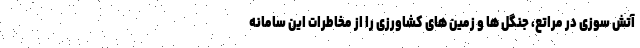
آتش سوزی در مراتع، جنگل ها و زمین های کشاورزی را از مخاطرات این سامانه